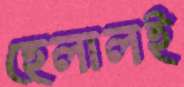
হেলালই